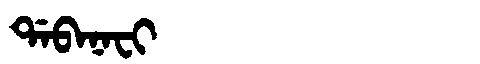
Manchu: ᡩᠠᠪᠠᠨᠠᠸᡳ
Romanization: DABANAFI